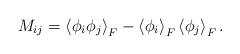
LaTeX: \begin{align*}M_{ij} = \left<\phi_i\phi_j\right>_F-\left<\phi_i\right>_F\left<\phi_j\right>_F.\end{align*}